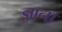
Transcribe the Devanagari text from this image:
ज्ञाना